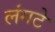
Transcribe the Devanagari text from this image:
लंगटे